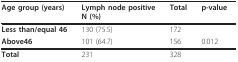
<table><thead><tr><td><b>Age group (years)</b></td><td><b>Lymph node positiveN (%)</b></td><td><b>Total</b></td><td><b>p-value</b></td></tr></thead><tbody><tr><td><b>Less than/equal 46</b></td><td>130 (75.5)</td><td>172</td><td></td></tr><tr><td><b>Above46</b></td><td>101 (64.7)</td><td>156</td><td>0.012</td></tr><tr><td><b>Total</b></td><td>231</td><td>328</td><td></td></tr></tbody></table>